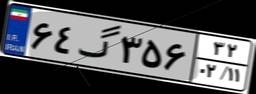
۶۴گ۳۵۶۳۲